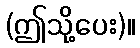
(ဤသို့ပေး)။